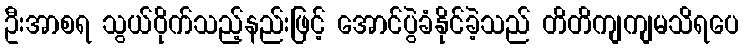
ဦးအာစရ သွယ်ဝိုက်သည့်နည်းဖြင့် အောင်ပွဲခံနိုင်ခဲ့သည် တိတိကျကျမသိရပေ